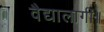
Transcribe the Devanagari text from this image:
वैद्यालागी॥